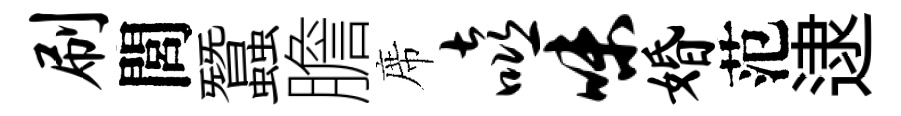
刷閭蠶膽席嘻味婚范逮